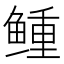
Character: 𩾋